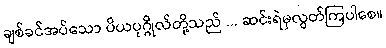
ချစ်ခင်အပ်သော ပိယပုဂ္ဂိုလ်တို့သည် ... ဆင်းရဲမှလွတ်ကြပါစေ။